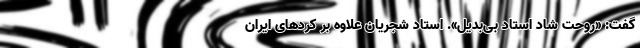
گفت: «روحت شاد استاد بی‌بدیل». استاد شجریان علاوه بر کُردهای ایران